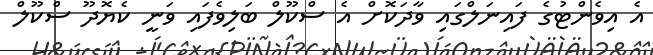
އެ އިވެންޓުގެ ފައިނަލްގައި ވާދަކޮށް އެ ސްކޫލް ބަލިވެފައި ވަނީ ކެޔޮދޫ ސްކޫލް